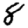
Digit: 8